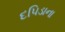
દપિડાના